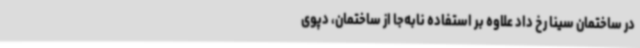
در ساختمان سینا رخ داد علاوه بر استفاده نابه‌جا از ساختمان، دپوی